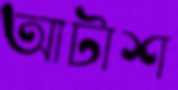
আটাশ